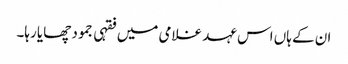
ان کے ہاں اس عہد غلامی میں فقہی جمود چھایا رہا۔